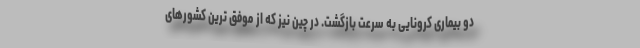
دو بیماری کرونایی به سرعت بازگشت. در چین نیز که از موفق ترین کشورهای